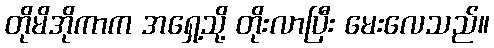
တိုမိအိုကာက အရှေ့သို့ တိုးလာပြီး မေးလေသည်။